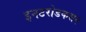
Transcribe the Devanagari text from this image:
इनटरोडकसन